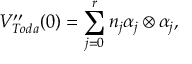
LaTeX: V _ { T o d a } ^ { \prime \prime } ( 0 ) = \sum _ { j = 0 } ^ { r } n _ { j } \alpha _ { j } \otimes \alpha _ { j } ,